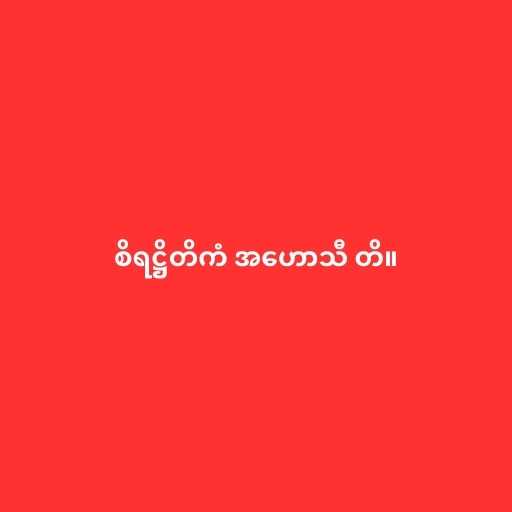
စိရဋ္ဌိတိကံ အဟောသီ တိ။